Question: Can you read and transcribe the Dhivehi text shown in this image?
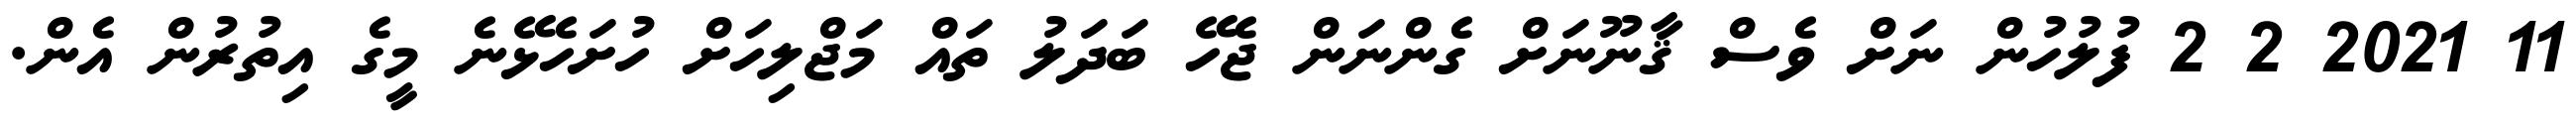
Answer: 11 2021 2 2 ފުލުހުން ނަށް ވެސް ޤާނޫނަށް ގެންނަން ޖެހޭ ބަދަލު ތައް މަޖްލިހަށް ހުށަހެޅޭނެ މީގެ އިތުރުން އެން.